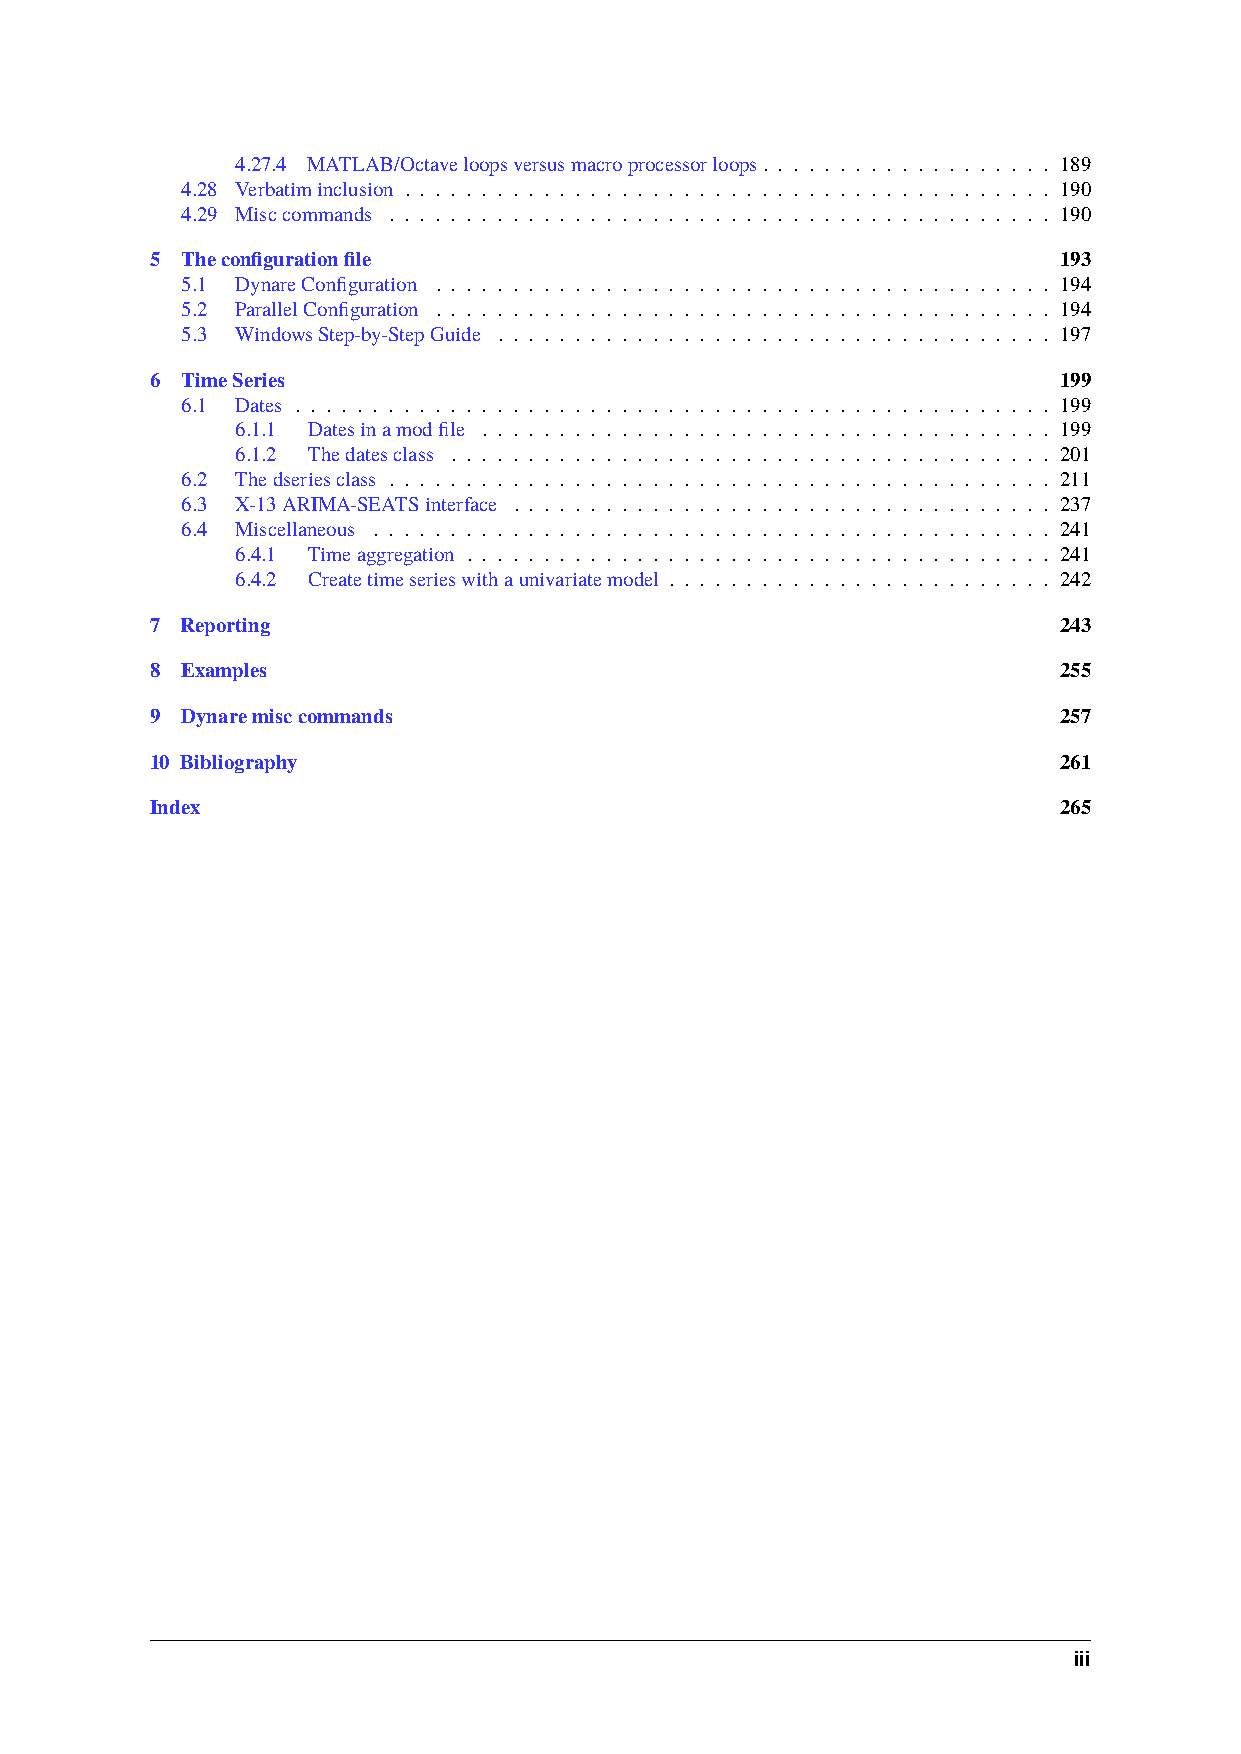
4.27.4 MATLAB/Octaveloopsversusmacroprocessorloops. . . . . . . . . . . . . . . . . . . 189
 4.28 Verbatiminclusion . . . . . . . . . . . . . . . . . . . . . . . . . . . . . . . . . . . . . . . . . . 190
 4.29 Misccommands . . . . . . . . . . . . . . . . . . . . . . . . . . . . . . . . . . . . . . . . . . . 190
 5 Theconfigurationfile                                      193
 5.1 DynareConfiguration . . . . . . . . . . . . . . . . . . . . . . . . . . . . . . . . . . . . . . . . 194
 5.2 ParallelConfiguration . . . . . . . . . . . . . . . . . . . . . . . . . . . . . . . . . . . . . . . . 194
 5.3 WindowsStep-by-StepGuide . . . . . . . . . . . . . . . . . . . . . . . . . . . . . . . . . . . . 197
 6 TimeSeries                                                199
 6.1 Dates . . . . . . . . . . . . . . . . . . . . . . . . . . . . . . . . . . . . . . . . . . . . . . . . . 199
 6.1.1 Datesinamodfile . . . . . . . . . . . . . . . . . . . . . . . . . . . . . . . . . . . . . 199
 6.1.2 Thedatesclass . . . . . . . . . . . . . . . . . . . . . . . . . . . . . . . . . . . . . . . 201
 6.2 Thedseriesclass . . . . . . . . . . . . . . . . . . . . . . . . . . . . . . . . . . . . . . . . . . . 211
 6.3 X-13ARIMA-SEATSinterface . . . . . . . . . . . . . . . . . . . . . . . . . . . . . . . . . . . 237
 6.4 Miscellaneous . . . . . . . . . . . . . . . . . . . . . . . . . . . . . . . . . . . . . . . . . . . . 241
 6.4.1 Timeaggregation . . . . . . . . . . . . . . . . . . . . . . . . . . . . . . . . . . . . . . 241
 6.4.2 Createtimeserieswithaunivariatemodel . . . . . . . . . . . . . . . . . . . . . . . . . 242
 7 Reporting                                                 243
 8 Examples                                                  255
 9 Dynaremisccommands                                        257
 10 Bibliography                                             261
 Index                                                       265
 iii